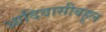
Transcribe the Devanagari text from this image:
आदिवासीबहूल